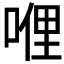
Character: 𠸨